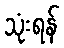
သုံးရန်